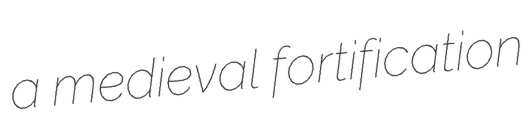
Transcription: a medieval fortification